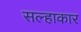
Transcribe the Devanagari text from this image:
सल्हाकार